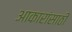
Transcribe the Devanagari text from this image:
आकारांसाठी